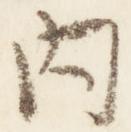
内